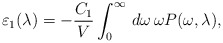
\begin{align*}\varepsilon_{1}(\lambda)=-\frac{C_{1}}{V}\int_{0}^{\infty}\,d\omega\,\omega P(\omega,\lambda),\end{align*}